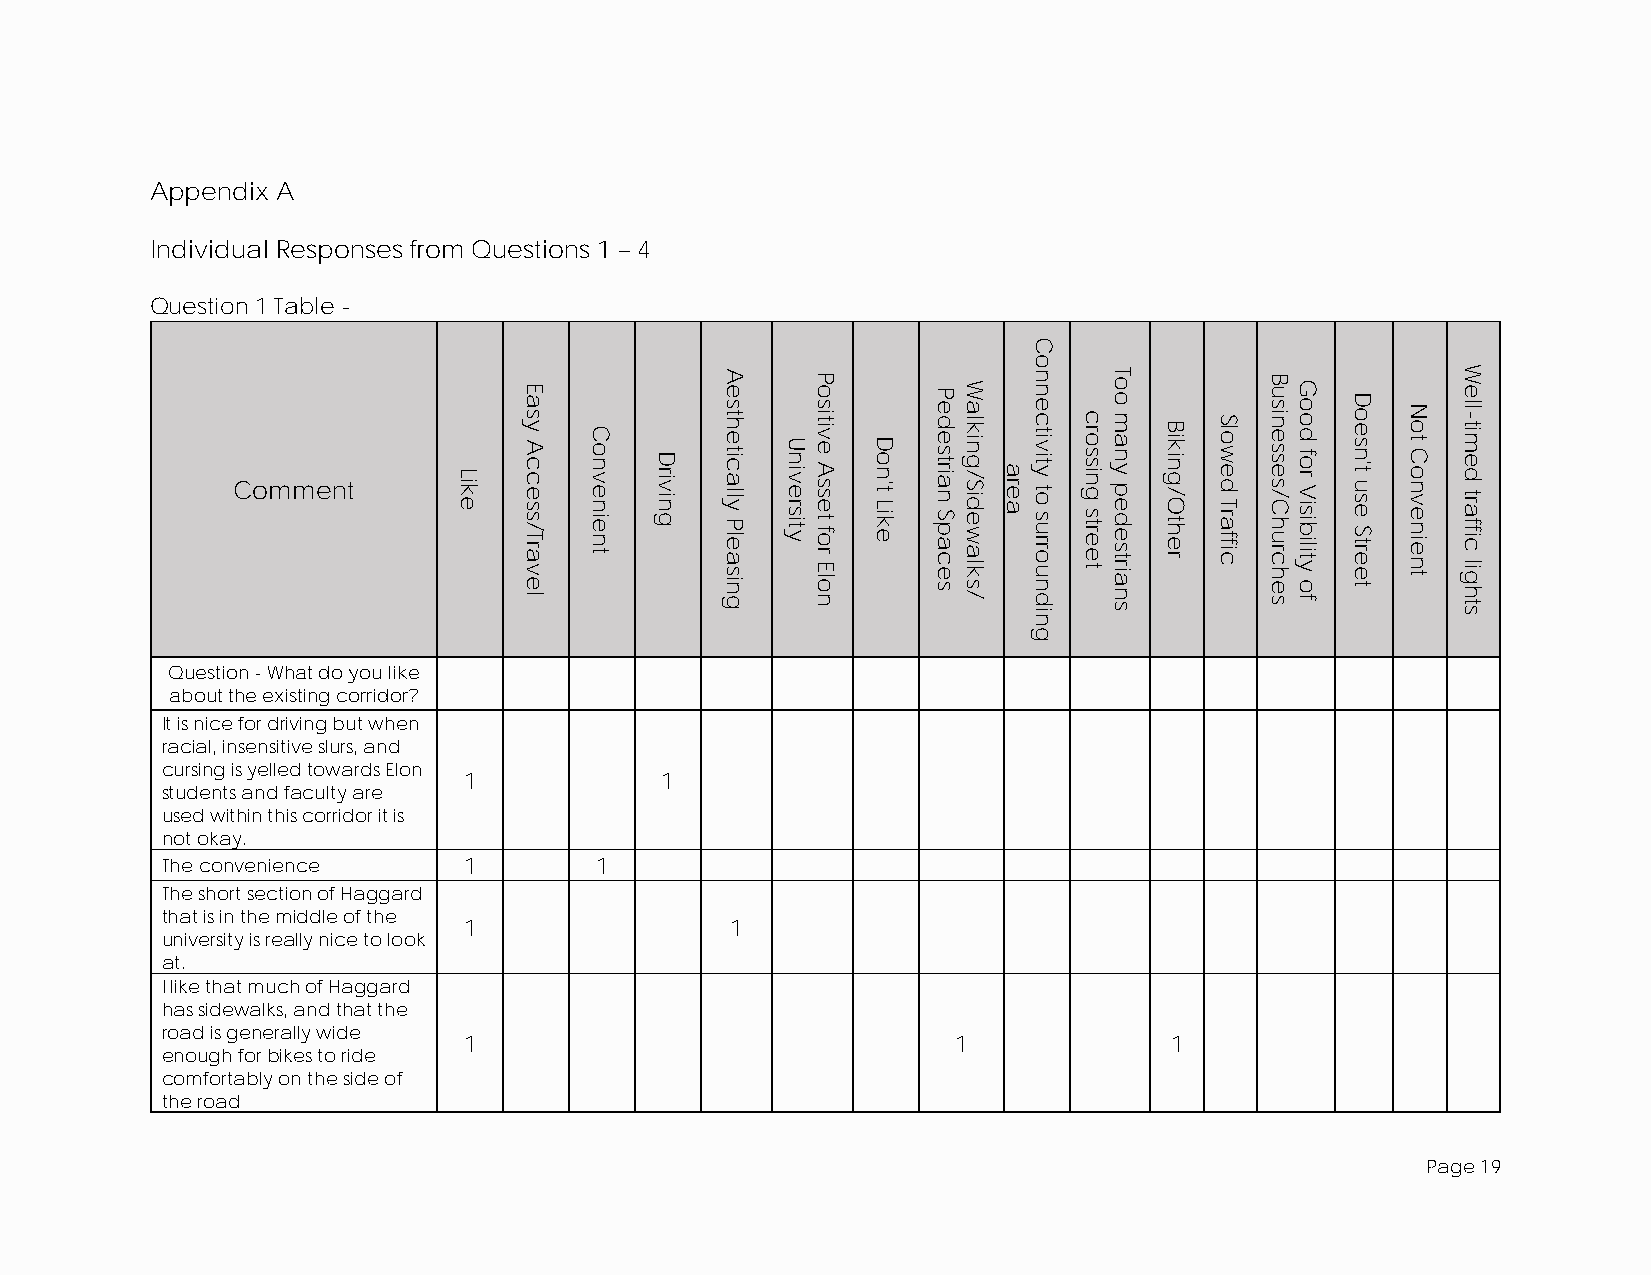
Appendix A
 Individual Responses from Questions 1 – 4
 Question 1 Table -
 Comment
 Question - What do you like
 about the existing corridor?
 It is nice for driving but when
 racial, insensitive slurs, and
 cursing is yelled towards Elon
 1            1
 students and faculty are
 used within this corridor it is
 not okay.
 The convenience     1       1
 The short section of Haggard
 that is in the middle of the
 1                1
 university is really nice to look
 at.
 I like that much of Haggard
 has sidewalks, and that the
 road is generally wide
 1                               1             1
 enough for bikes to ride
 comfortably on the side of
 the road
 Page 19
 Like
 Easy
 Access/Travel
 Convenient
 Driving
 Aesthetically
 Pleasing
 University
 Positive
 Asset
 for
 Elon
 Don't
 Like
 Pedestrian
 Spaces
 Walking/Sidewalks/
 area
 Connectivity
 to
 surrounding
 crossing
 street
 Too
 many
 pedestrians
 Biking/Other Slowed
 Traffic
 Businesses/Churches Good
 for
 Visibility
 of
 Doesn't
 use
 Street
 Not
 Convenient
 Well-timed
 traffic
 lights